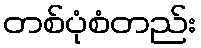
တစ်ပုံစံတည်း